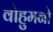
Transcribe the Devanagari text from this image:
वोहुमनो